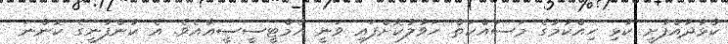
ކުޅުދުއްފުށީ ކުޅި ހިއްކުމުގެ މަސައްކަތް ހަވާލުކޮށްފައި ވަނީ އެމްޓީސީސީއާއެވެ. އެ ކުންފުނީގެ ކޮންނަ